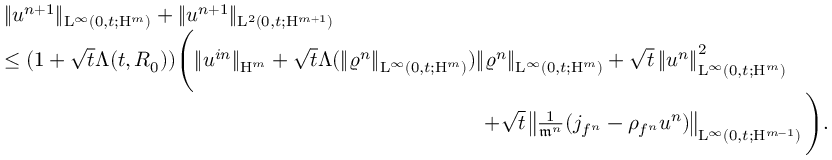
\begin{array} { r l } & { \Vert u ^ { n + 1 } \Vert _ { \mathrm { L } ^ { \infty } ( 0 , t ; \mathrm { H } ^ { m } ) } + \Vert u ^ { n + 1 } \Vert _ { \mathrm { L } ^ { 2 } ( 0 , t ; \mathrm { H } ^ { m + 1 } ) } } \\ & { \leq ( 1 + \sqrt { t } \Lambda ( t , R _ { 0 } ) ) \Bigg ( \Vert u ^ { i n } \Vert _ { \mathrm { H } ^ { m } } + \sqrt { t } \Lambda ( \Vert \varrho ^ { n } \Vert _ { \mathrm { L } ^ { \infty } ( 0 , t ; \mathrm { H } ^ { m } ) } ) \Vert \varrho ^ { n } \Vert _ { \mathrm { L } ^ { \infty } ( 0 , t ; \mathrm { H } ^ { m } ) } + \sqrt { t } \left\Vert u ^ { n } \right\Vert _ { \mathrm { L } ^ { \infty } ( 0 , t ; \mathrm { H } ^ { m } ) } ^ { 2 } } \\ & { \quad \qquad \qquad \quad \qquad \qquad \quad \qquad \qquad \qquad \qquad \qquad \qquad + \sqrt { t } \left\Vert \frac { 1 } { \mathfrak { m } ^ { n } } ( j _ { f ^ { n } } - \rho _ { f ^ { n } } u ^ { n } ) \right\Vert _ { \mathrm { L } ^ { \infty } ( 0 , t ; \mathrm { H } ^ { m - 1 } ) } \Bigg ) . } \end{array}